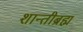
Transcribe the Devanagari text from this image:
शान्तीब्रह्म